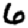
Digit: 6